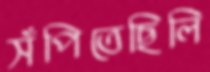
সঁপিতেছিলি